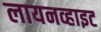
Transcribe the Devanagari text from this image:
लायनव्हाइट